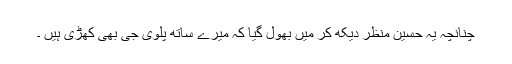
چنانچہ یہ حسین منظر دیکھ کر میں بھول گیا کہ میرے ساتھ پلوی جی بھی کھڑی ہیں ۔